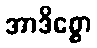
အာဒိစ္စော